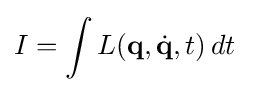
I=\int L(\mathbf {q} ,{\dot {\mathbf {q} }},t)\,dt~